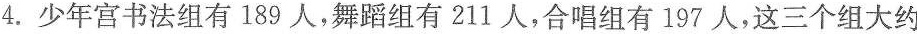
4. 少年宫书法组有189人，舞蹈组有211人，合唱组有197人，这三个组大约